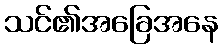
သင်၏အခြေအနေ